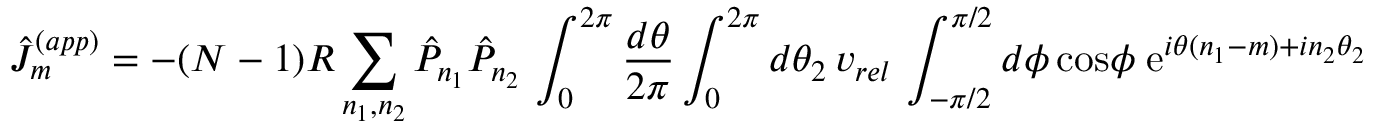
\hat { J } _ { m } ^ { ( a p p ) } = - ( N - 1 ) R \sum _ { n _ { 1 } , n _ { 2 } } \hat { P } _ { n _ { 1 } } \hat { P } _ { n _ { 2 } } \, \int _ { 0 } ^ { 2 \pi } { \frac { d \theta } { 2 \pi } } \int _ { 0 } ^ { 2 \pi } d \theta _ { 2 } \, v _ { r e l } \, \int _ { - \pi / 2 } ^ { \pi / 2 } d \phi \, \mathrm { c o s } \phi \; \mathrm { e } ^ { i \theta ( n _ { 1 } - m ) + i n _ { 2 } \theta _ { 2 } }